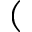
(